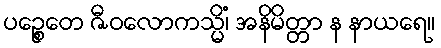
ပဉ္စေတေ ဇီဝလောကသ္မိံ၊ အနိမိတ္တာ န နာယရေ။